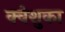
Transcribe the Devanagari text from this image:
क्वेशुका